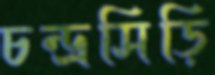
চন্দ্রসিড়ি